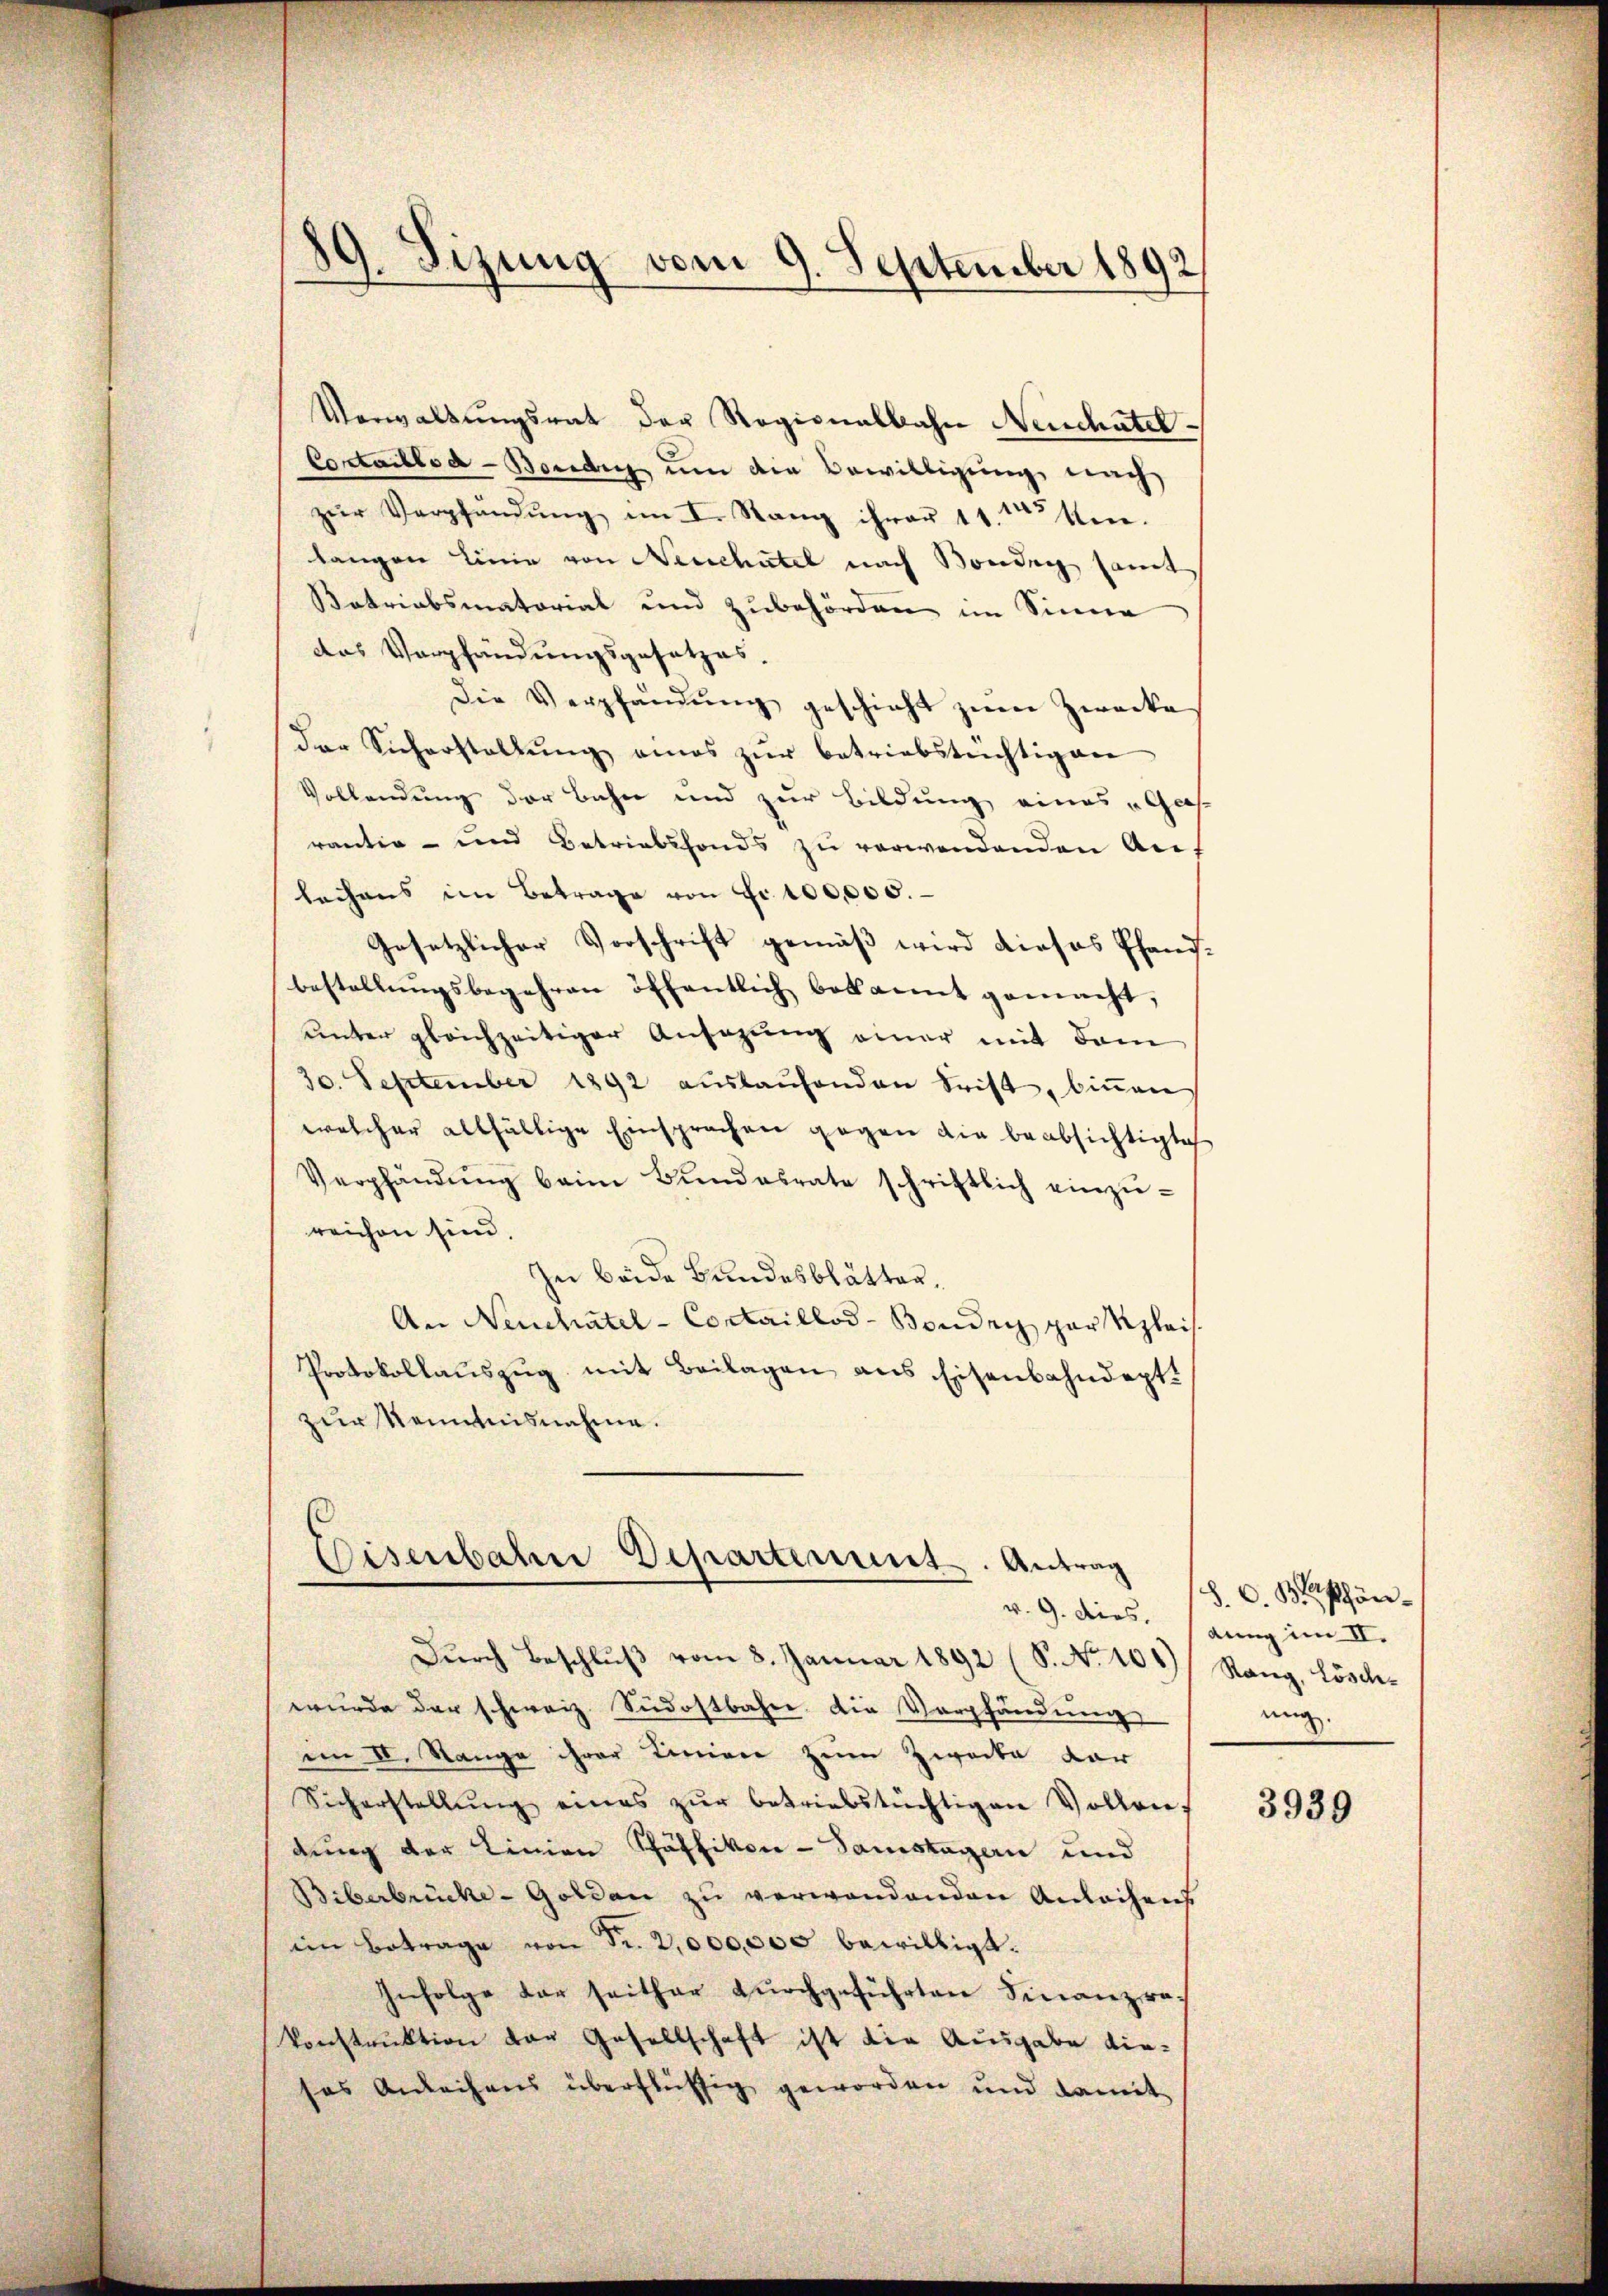
89. Sizung vom 9. September 1892

Verwaltungsrat der Regionalbahn Neuchatel¬
Costaillod-Bording um die Bewilligung nach
zur Verpfändung im I. Rang ihrer 11. 15 ten.
langen Linie von Neuchatel nach Bonden samt
Batriabsmatorial und zubehörden im Sinne
das Verpfändungsgesetzes.
Die Verpfändung geschieht zum Zwecke
der Sicherstellŭng eines zŭr betriebstüchtigen
Vollendung der Bahn und zur Bildung eines „Gras
rantia - und Betriebsfonds zu verwendenden Anlachens im Betrage von Fr. 100,000.
Gesetzlicher Vorschrift gemäß wird dieses Pfandbestellŭngsbegehren öffentlich bekannt gemacht,
unter gleichzeitiger Ansagung einer mit dem
30. September 1892 aŭslaŭfenden Frist, binnen
welcher allfältige Einsprachen gegen die beabsichtigte
Verpfändŭng beim Bŭndesrate schriftlich einzŭ-
reichen sind.
In beide Bundesblätter,
An Neuchatel - Contaillod-Boudry par plais.
Protokollauszug mit Beilagen aus Eisenbahndept.
zur Kenntnisnahme.

Eisenbahn Departement. Antrag

Dŭrch Beschlŭβ vom 8. Januar 1892 (S. Nr. 104) Rang, Löschwurde der schweiz. Südostbahn. Die Verpfändung
im II. Range ihrer Linien zum Zwecke dar
Sicherstellŭng eines zŭr betriebstüchtigen Vollrie-
dung der Linien Schäffikon - Samstagen und
Biberbrücke-Golden zu verwandenden Anleihens
ein Betrage von Fr. 2,000,000 bewilligt.
Infolge der seither durchgeführten Finanzrakonstruktion vor Gesellschaft ist die Ausgabe dieses Anleihens überflüssig geworden und damit

S. C. B. Pfänv. 9. dies. (Anng im II.
ung.

3939